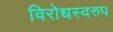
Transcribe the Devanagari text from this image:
विरोधस्वरुप